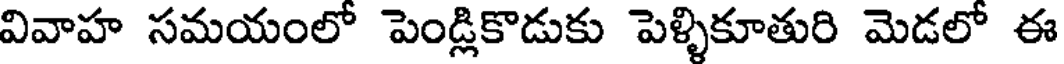
వివాహ సమయంలో పెండ్లికొడుకు పెళ్ళికూతురి మెడలో ఈ